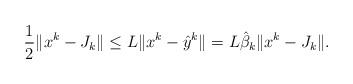
LaTeX: \begin{align*} \frac{1}{2}\|x^k-J_k\|\le L \|x^{k}-\hat{y}^{k}\|=L\hat \beta_k \| x^k-J_k\|.\end{align*}